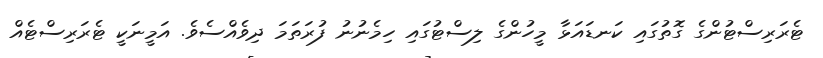
ޓެރަރިސްޓުންގެ ގޮތުގައި ކަނޑައަޅާ މީހުންގެ ލިސްޓުގައި ހިމެނުނު ފުރަތަމަ ދިވެއްސެވެ. އަމީނަކީ ޓެރަރިސްޓެއް